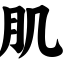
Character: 肌